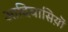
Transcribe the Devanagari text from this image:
आदिवासिय़ॊं